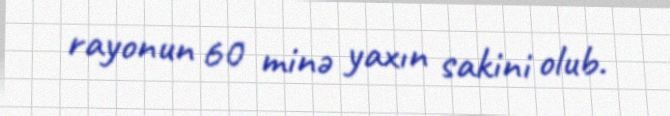
rayonun 60 minə yaxın sakini olub.